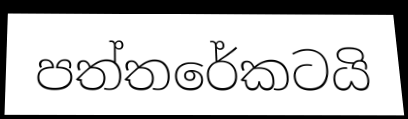
පත්තරේකටයි